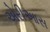
એરીઆસ